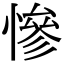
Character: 慘